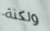
ولكنة